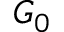
G _ { 0 }